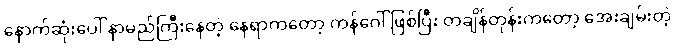
နောက်ဆုံးပေါ် နာမည်ကြီးနေတဲ့ နေရာကတော့ ကန်ဂေါ် ဖြစ်ပြီး တချိန်တုန်းကတော့ အေးချမ်းတဲ့